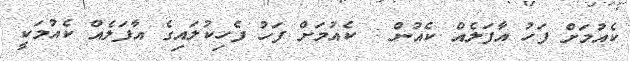
ކެއުމަށް ފަހު އާފަލެއް ކެއުން : ކެއުމަށް ފަހު ފެހިކުލައިގެ އާފަލެއް ކެއުމަކީ